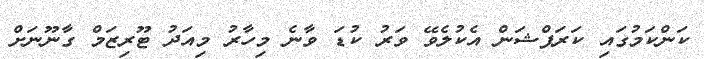
ކަންކަމުގައި ކަަރަޕްޝަން އެކުލެވޭ ވަރު ކުޑަ ވާނެ މިހާރު މިއަދު ޓޫރިޒަމް ގާނޫނަށް